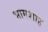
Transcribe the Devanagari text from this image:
भामशाह